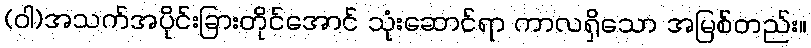
(ဝါ)အသက်အပိုင်းခြားတိုင်အောင် သုံးဆောင်ရာ ကာလရှိသော အမြစ်တည်း။